Lock hospitals Punjab
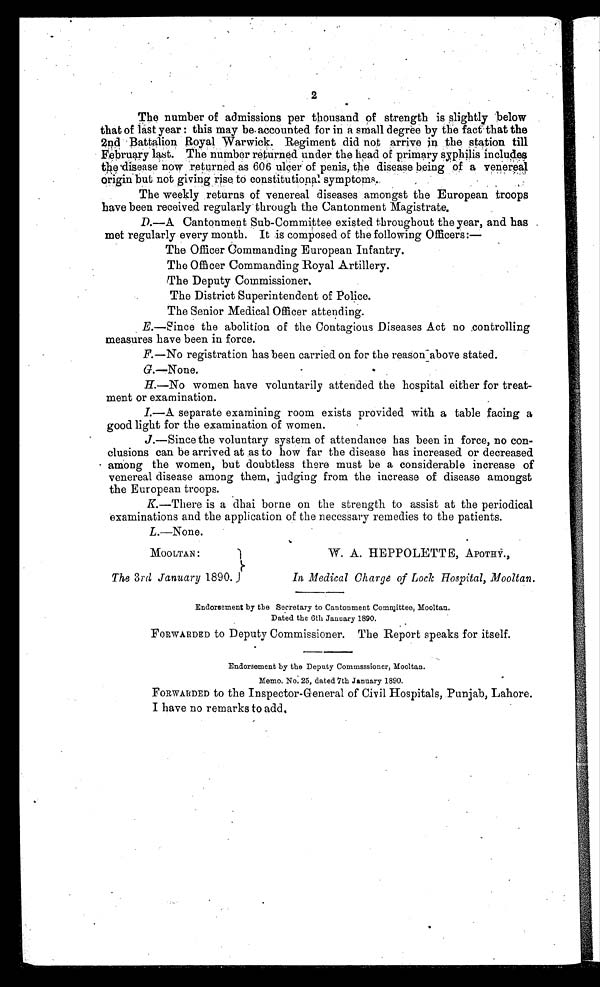
2
The number of admissions per thousand of strength is slightly below
that of last year : this may be accounted for in a small degree by the fact that the
2nd Battalion Royal Warwick. Regiment did not arrive in the station till
February last. The number returned under the head of primary syphilis includes
the disease now returned as 606 ulcer of penis, the disease being of a venerea
l o r i g i n b u t
n o t g i v i n g r i s e t o c o n s t i t u t i o n a l s y m p t o m s .
The weekly returns of venereal diseases amongst the European troops
have been received regularly through the Cantonment Magistrate,
D.—A Cantonment Sub-Committee existed throughout the year, and has
met regularly every month. It is composed of the following Officers:—
The Officer Commanding European Infantry.
The Officer Commanding Royal Artillery.
The Deputy Commissioner.
The District Superintendent of Police.
The Senior Medical Officer attending.
E.—Since the abolition of the Contagious Diseases Act no controlling
measures have been in force.
F. —No registration has been carried on for the reason above stated.
G.—None.
H. —No women have voluntarily attended the hospital either for treat-
ment or examination.
I.
—A separate examining room exists provided with a table facing a
good light for the examination of women.
•
J.—Since the voluntary system of attendance has been in force, no con-
-clusions can be arrived at as to how far the disease has increased or decreased
• among the women, but doubtless there must be a considerable increase of
venereal disease among them, judging from the increase of disease amongst
the European troops.
K. —There is a dhai borne on the strength to assist at the periodical
examinations and the application of the necessary remedies to the patients.
L.—None.
MOOLTAN :
The 3rd January 1890.
W. A. HEPPOLETTE, APOTHY.,
In Medical Charge of Lock Hospital, Mooltan.
Endorsement by the Secretary to Cantonment Committee, Mooltan.
Dated the 6th January 1890.
FORWARDED to Deputy Commissioner. The Report speaks for itself.
Endorsement by the Deputy Commissioner, Mooltan.
Memo. No: 25, dated 7th January 1890.
FORWARDED to the Inspector-General of Civil Hospitals, Punjab, Lahore.
I have no remarks to add.